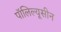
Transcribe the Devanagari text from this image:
पॉलिल्यूसीन